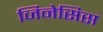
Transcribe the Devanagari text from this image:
जिनेसिस